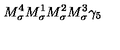
M _ { \sigma } ^ { 4 } M _ { \sigma } ^ { 1 } M _ { \sigma } ^ { 2 } M _ { \sigma } ^ { 3 } \gamma _ { 5 }